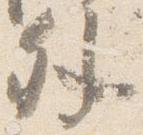
外